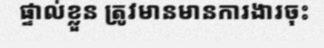
ផ្ទាល់ខ្លួន ត្រូវមានមានការងារចុះ